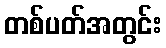
တစ်ပတ်အတွင်း